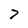
Character: 7